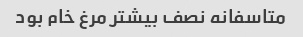
متاسفانه نصف بیشتر مرغ خام بود